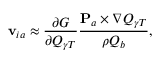
{ \bf v } _ { i a } \approx \frac { \partial G } { \partial Q _ { \gamma T } } \frac { { \bf P } _ { a } \times \nabla Q _ { \gamma T } } { \rho Q _ { b } } ,